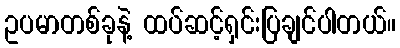
ဥပမာတစ်ခုနဲ့ ထပ်ဆင့်ရှင်းပြချင်ပါတယ်။